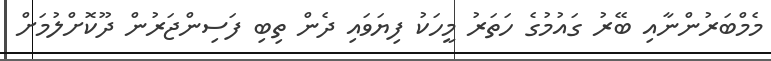
މެމްބަރުންނާއި ބޭރު ގައުމުގެ ހަތަރު މީހަކު ފިޔަވައި ދެން ތިބި ފަސިންޖަރުން ދޫކޮށްލުމަށް